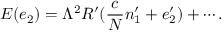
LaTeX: E ( e _ { 2 } ) = \Lambda ^ { 2 } R ^ { \prime } ( \frac { c } { N } n _ { 1 } ^ { \prime } + { e } _ { 2 } ^ { \prime } ) + \cdots .